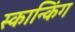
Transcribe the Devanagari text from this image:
स्कान्किंग